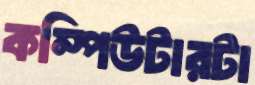
কম্পিউটারটা